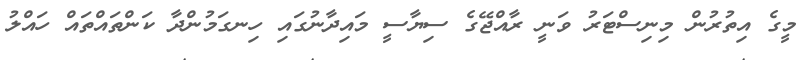
މީގެ އިތުރުން މިނިސްޓަރު ވަނީ ރާއްޖޭގެ ސިޔާސީ މައިދާނުގައި ހިނގަމުންދާ ކަންތައްތައް ހައްލު